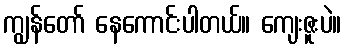
ကျွန်တော် နေကောင်းပါတယ်။ ကျေးဇူးပဲ။